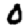
Digit: 0